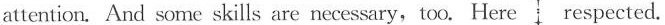
attention. And some skills are necessary,too.Here respected.